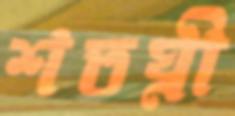
শতঘ্নী